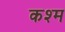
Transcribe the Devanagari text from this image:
कश्म